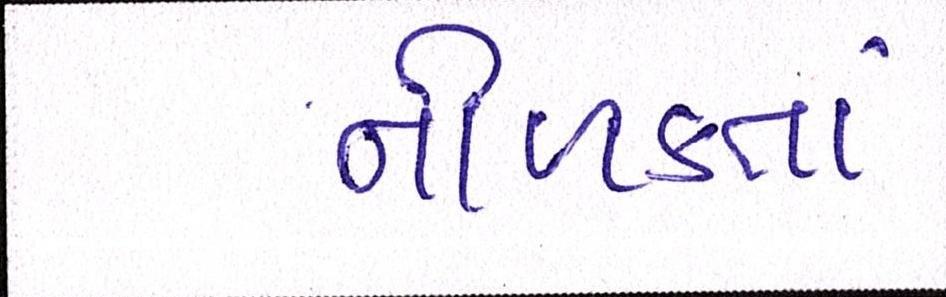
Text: નીળક્તાં